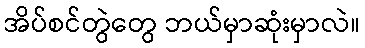
အိပ်စင်တွဲတွေ ဘယ်မှာဆုံးမှာလဲ။